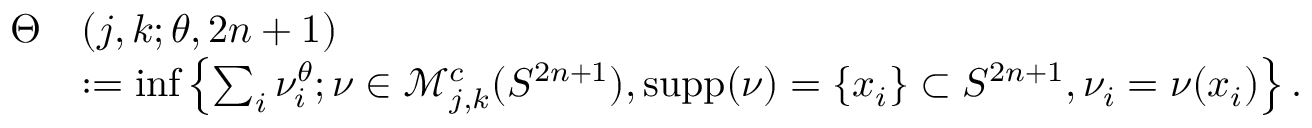
\begin{array} { r l } { \Theta } & { ( { j , k } ; \theta , 2 n + 1 ) } \\ & { : = \operatorname* { i n f } \left\{ \sum _ { i } \nu _ { i } ^ { \theta } ; \nu \in \mathcal { M } _ { j , k } ^ { c } ( S ^ { 2 n + 1 } ) , \mathrm { s u p p } ( \nu ) = \{ x _ { i } \} \subset S ^ { 2 n + 1 } , \nu _ { i } = \nu ( x _ { i } ) \right\} . } \end{array}